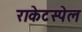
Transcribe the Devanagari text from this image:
राकेटस्पेल